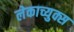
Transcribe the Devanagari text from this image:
लेकाच्युक्स